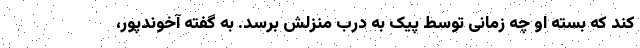
کند که بسته او چه زمانی توسط پیک به درب منزلش برسد. به گفته آخوندپور،